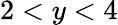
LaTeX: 2<y<4